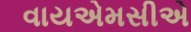
વાયએમસીએ